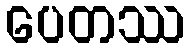
ပေတဿ